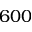
6 0 0